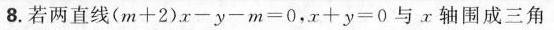
8.若两直线$$( m + 2 ) x - y - m = 0$$，$$x + y = 0$$与轴围成三角